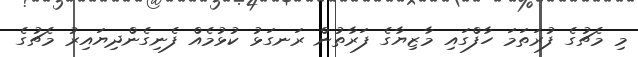
މި މެޗުގެ ފުރަތަމަ ހާފްގައި މާޒިޔާގެ ފަރާތުން ރަނގަޅު ކުޅުމެއް ފެނިގެންދިޔައިރު މެޗުގެ